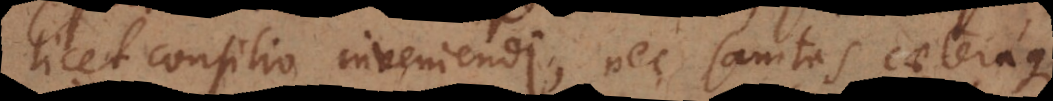
licet consilio inveniendi, nec sanitas caeteraque